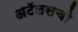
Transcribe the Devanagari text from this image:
अटॅलसची